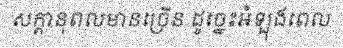
សក្តានុពលមានច្រើន ដូច្នេះអំឡុងពេល